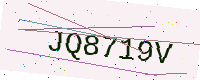
Text: JQ8719V